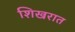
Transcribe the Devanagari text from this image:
शिखरात